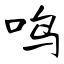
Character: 鸣